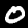
Label: 0